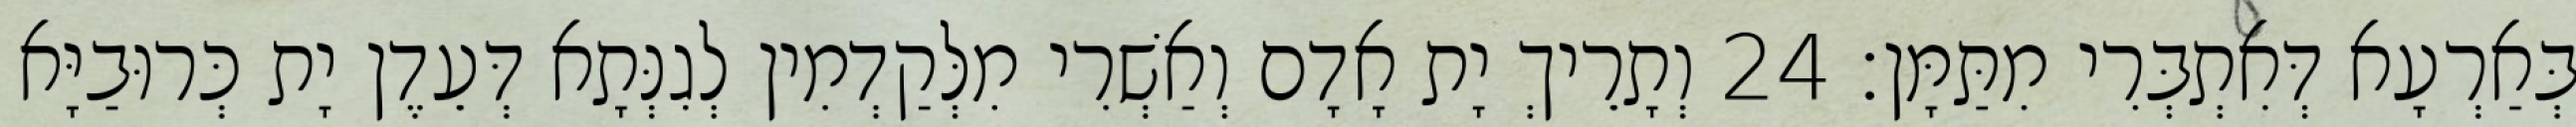
בְּאַרְעָא דְּאִתְבְּרִי מִתַּמָּן׃ 24 וְתָרֵיךְ יָת אָדָם וְאַשְׁרִי מִלְּקַדְמִין לְגִנְּתָא דְּעֵדֶן יָת כְּרוּבַיָּא